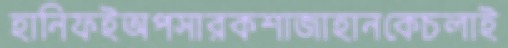
হানিফইঅপসারকশাজাহানকেচলাই